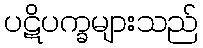
ပဋိပက္ခများသည်